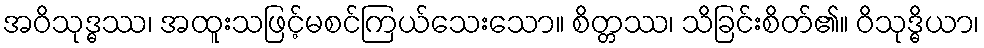
အဝိသုဒ္ဓဿ၊ အထူးသဖြင့်မစင်ကြယ်သေးသော။ စိတ္တဿ၊ သိခြင်းစိတ်၏။ ဝိသုဒ္ဓိယာ၊